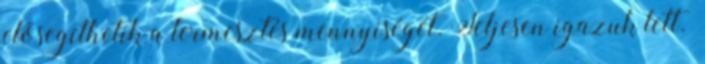
elősegíthetik a termesztés mennyiségét. Teljesen igazuk lett.